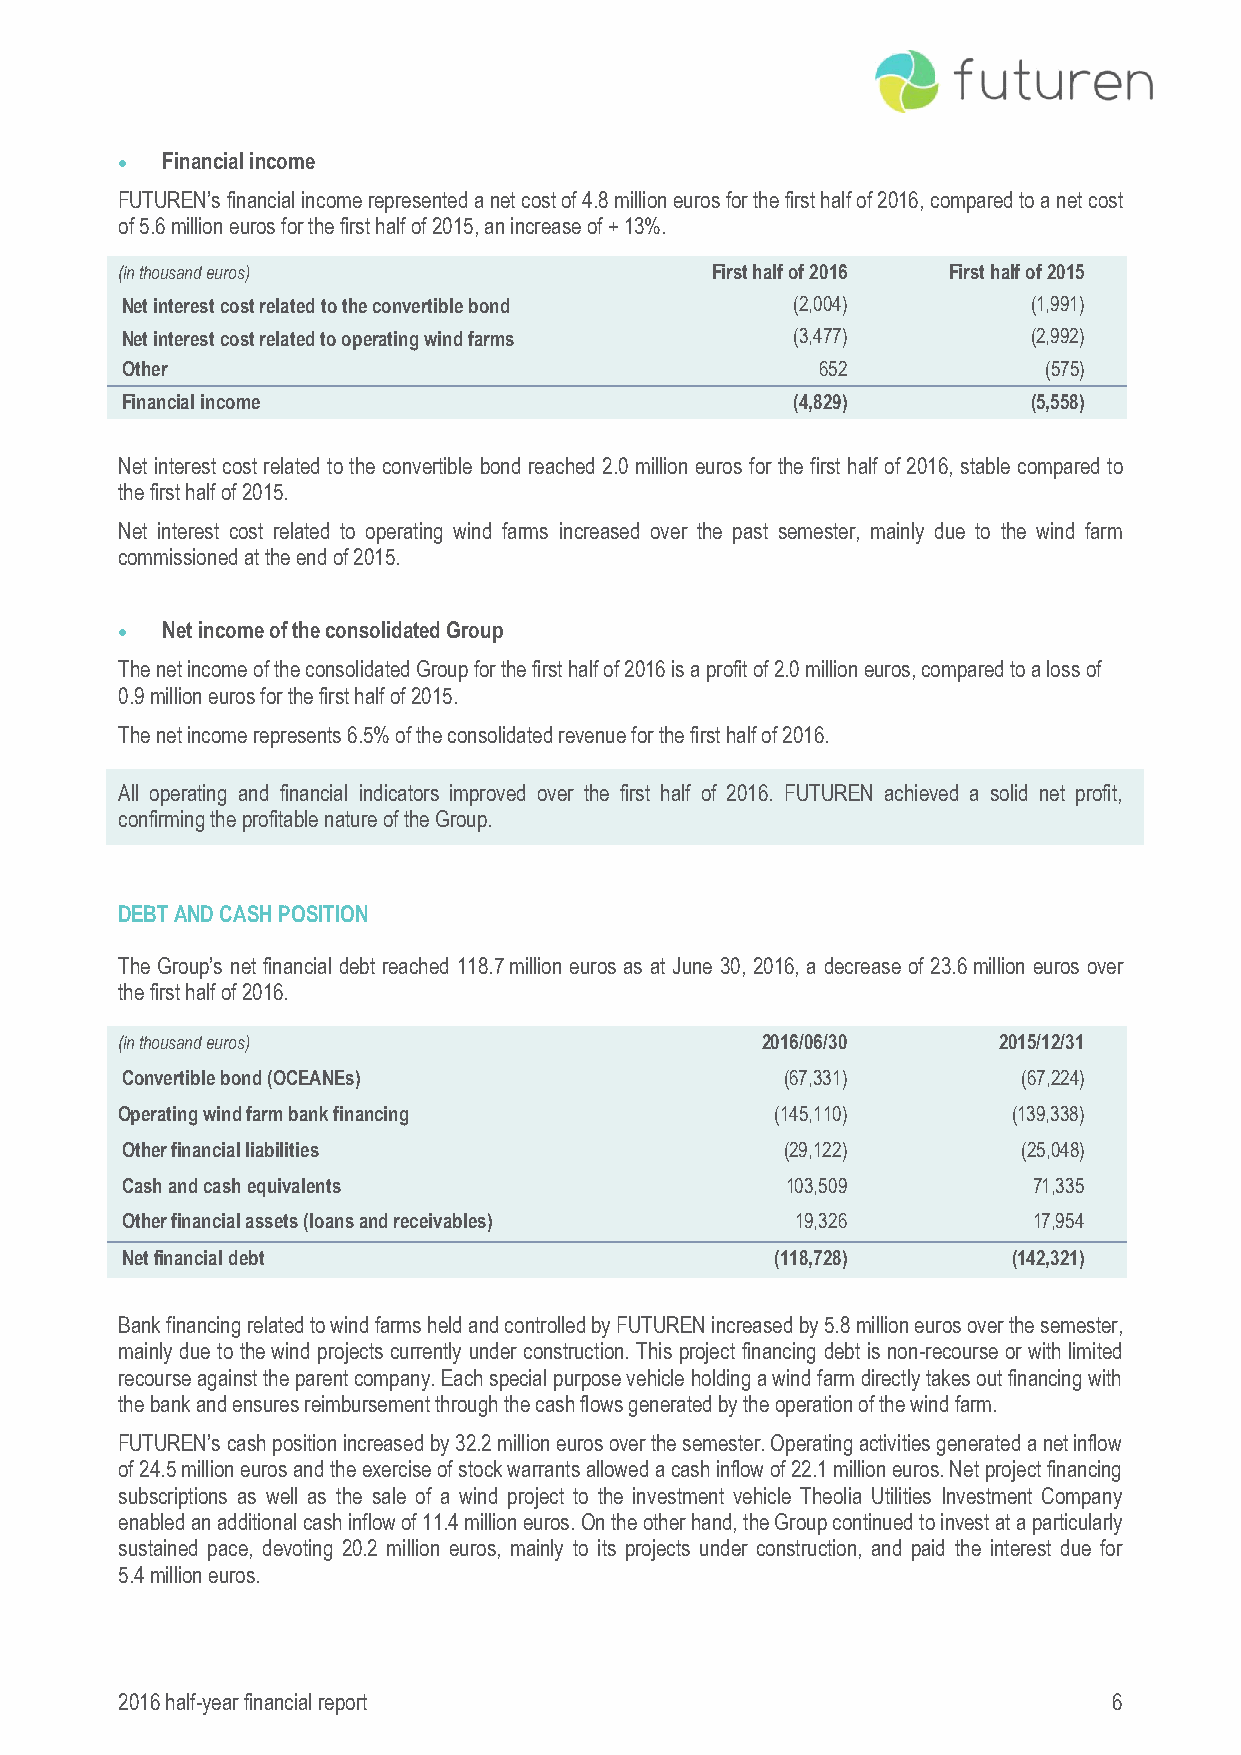
  Financial income
 FUTUREN’s financial income represented a net cost of 4.8 million euros for the first half of 2016, compared to a net cost
 of 5.6 million euros for the first half of 2015, an increase of + 13%.
 (in thousand euros)                    First half of 2016 First half of 2015
 Net interest cost related to the convertible bond (2,004)   (1,991)
 Net interest cost related to operating wind farms (3,477)   (2,992)
 Other                                         652            (575)
 Financial income                            (4,829)         (5,558)
 Net interest cost related to the convertible bond reached 2.0 million euros for the first half of 2016, stable compared to
 the first half of 2015.
 Net interest cost related to operating wind farms increased over the past semester, mainly due to the wind farm
 commissioned at the end of 2015.
   Net income of the consolidated Group
 The net income of the consolidated Group for the first half of 2016 is a profit of 2.0 million euros, compared to a loss of
 0.9 million euros for the first half of 2015.
 The net income represents 6.5% of the consolidated revenue for the first half of 2016.
 All operating and financial indicators improved over the first half of 2016. FUTUREN achieved a solid net profit,
 confirming the profitable nature of the Group.
 DEBT AND CASH POSITION
 The Group’s net financial debt reached 118.7 million euros as at June 30, 2016, a decrease of 23.6 million euros over
 the first half of 2016.
 (in thousand euros)                       2016/06/30      2015/12/31
 Convertible bond (OCEANEs)                  (67,331)        (67,224)
 Operating wind farm bank financing         (145,110)       (139,338)
 Other financial liabilities                 (29,122)        (25,048)
 Cash and cash equivalents                   103,509         71,335
 Other financial assets (loans and receivables) 19,326       17,954
 Net financial debt                         (118,728)       (142,321)
 Bank financing related to wind farms held and controlled by FUTUREN increased by 5.8 million euros over the semester,
 mainly due to the wind projects currently under construction. This project financing debt is non-recourse or with limited
 recourse against the parent company. Each special purpose vehicle holding a wind farm directly takes out financing with
 the bank and ensures reimbursement through the cash flows generated by the operation of the wind farm.
 FUTUREN’s cash position increased by 32.2 million euros over the semester. Operating activities generated a net inflow
 of 24.5 million euros and the exercise of stock warrants allowed a cash inflow of 22.1 million euros. Net project financing
 subscriptions as well as the sale of a wind project to the investment vehicle Theolia Utilities Investment Company
 enabled an additional cash inflow of 11.4 million euros. On the other hand, the Group continued to invest at a particularly
 sustained pace, devoting 20.2 million euros, mainly to its projects under construction, and paid the interest due for
 5.4 million euros.
 2016 half-year financial report                                   6